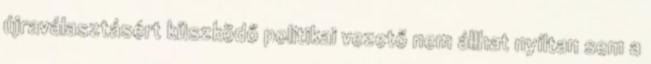
újraválasztásért küszködő politikai vezető nem állhat nyíltan sem a